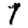
Digit: 7